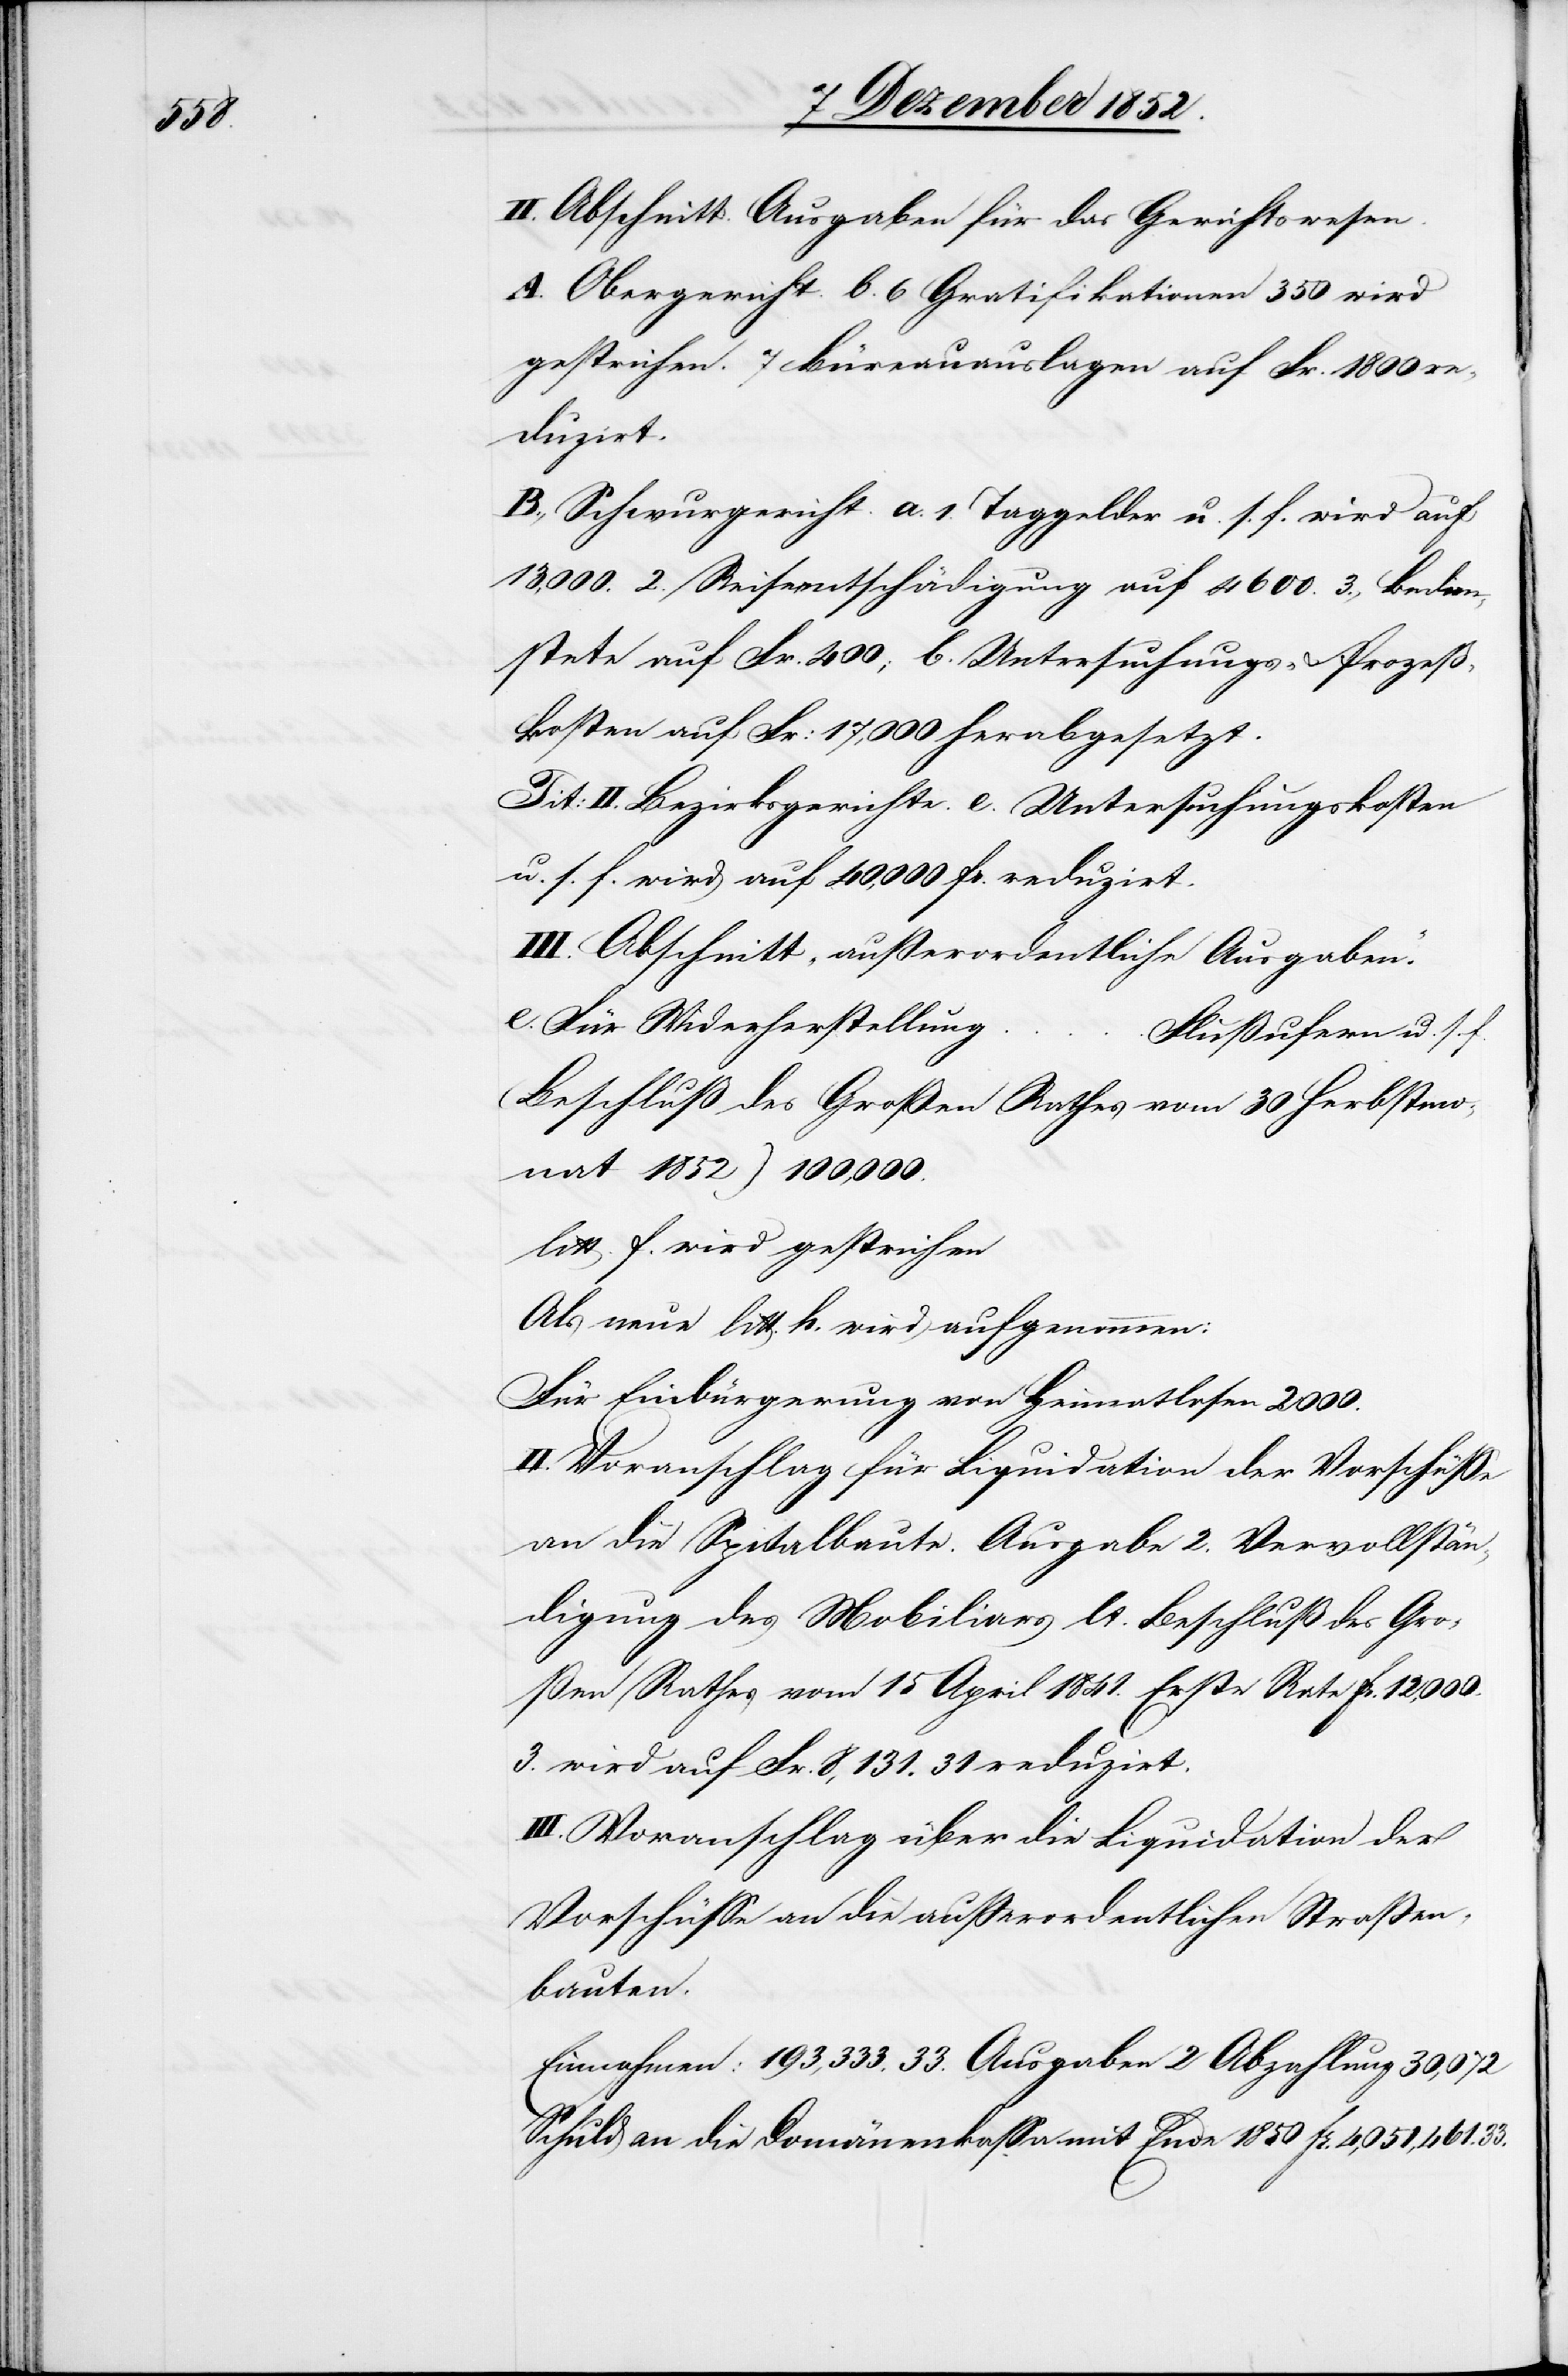
II. Abschnitt. Ausgaben für das Gerichtswesen.
A. Obergericht. b. 6 Gratifikationen 350 wird
gestrichen. 7 Büreauauslagen auf Fr. 1800
reduzirt.
B., Schwurgericht. a. 1. Taggelder u. s. f. wird auf
13,000. 2. Reiseentschädigung auf 4600. 3., Bedien¬
stete auf Fr. 400; b. Untersuchungs- & Prozeß¬
kosten auf Fr: 17,000 herabgesetzt.
Tit: II. Bezirksgerichte. e. Untersuchungskosten
u. s. f. wird auf 40,000 fr. reduzirt.
III. Abschnitt „außerordentliche Ausgaben.“
e. Für Wi[e]derherstellung
… Flußufern u. s. f.
(Beschluß des Großen Rathes vom 30 Herbstmo¬
nat 1852) 100,000.
litt. f. wird gestrichen
Als neue litt. h. wird aufgenommen:
Für Einbürgerung von Heimatlosen 2000.
II. Voranschlag für Liquidation der Vorschüsse
an die Spitalbaute. Ausgabe 2. Vervollstän¬
digung des Mobiliars lt. Beschluß des Gro¬
ßen Rathes vom 15 April 1841. Erste Rate fr. 12,000.
3. wird auf Fr. 8,131. 31 reduzirt.
III. Voranschlag über die Liquidation der
Vorschüsse an die außerordentlichen Straßen¬
bauten.
Einnahmen: 193,333. 33. Ausgaben 2 Abzahlung 30,072
Schuld an die Domänenkassa mit Ende 1850 fr. 4,051,461. 33.